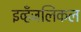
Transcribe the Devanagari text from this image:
इव्हँजलिकल